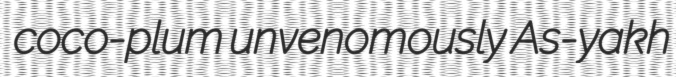
coco-plum unvenomously As-yakh